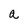
Character: a